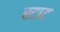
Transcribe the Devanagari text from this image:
स्टाट